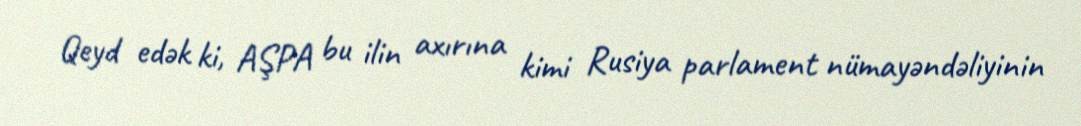
Qeyd edək ki, AŞPA bu ilin axırına kimi Rusiya parlament nümayəndəliyinin